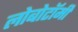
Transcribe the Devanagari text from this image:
लोबोटॉमी